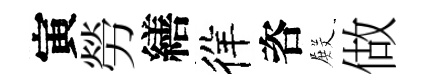
寅勞繕徉咨𭮺做